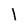
Character: l